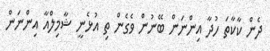
ދެން ކާކާތަ ހުދާ އިންނަން ބޭނުން ވެގެން ތި އުޅެނީ ޝާމިލްއާ އިންނަން